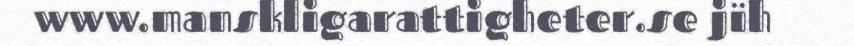
www.manskligarattigheter.se jïh